Suggestions for procedure with regard to school attendance under the Education (Scotland) Act, 1936, sections 1 to 3 and 5, 1936
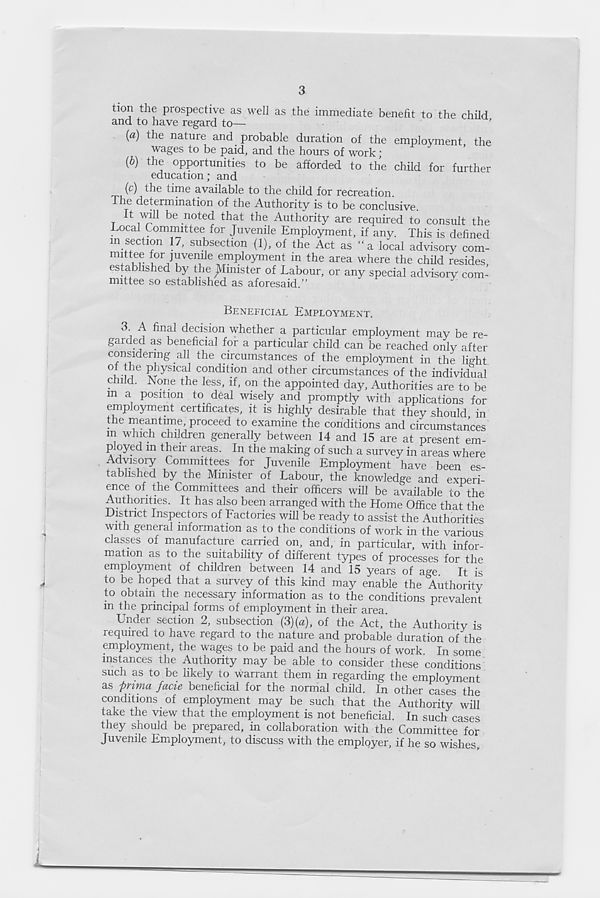
ti°n the prospective as well as the immediate benefit to the child
and to have regard to—
(a) the nature and probable duration of the employment the
wages to be paid, and the hours of work *
the opportunities to be afforded to the child for further
education; and
, ,
fiine available to the child for recreation.
The determination of the Authority is to be conclusive.
It will be noted that the Authority are required to consult the
Local Committee for Juvenile Employment, if any. This is defined
m section 17, subsection (1), of the Act as “a local advisory com-
mittee for juvenile employment in the area where the child resides,
established by the Minister of Labour, or any special advisory com-
mittee so established as aforesaid.”
^
(*)
BENEFICIAL EMPLOYMENT.
3 A final decision whether a particular employment may be re-
garded as beneficial for a particular child can be reached only after
considering all the circumstances of the employment in the light
°r .A 16 P^y sical condition and other circumstances of the individual
child. None the less, if, on the appointed day, Authorities are to be
m a position to deal wisely and promptly with applications for
employment certificates, it is highly desirable that they should in
• G
a
i
n * ime > proceed to examine the conditions and circumstances
m which children generally between 14 and 15 are at present em-
ployed m their areas. In the making of such a survey in areas where
Advisory Committees for Juvenile Employment have been es-
tablished by the Minister of Labour, the knowledge and experi-
ence of the Committees and their officers will be available to the
Authorities. It has also been arranged with the Home Office that the
District Inspectors of Factories will be ready to assist the Authorities
with general information as to the conditions of work in the various
classes of manufacture carried on, and, in particular, with infor-
mation as to the suitability of different types of processes for the
employment of children between 14 and 15 years of age
It is
to be hoped that a survey of this kind may enable the Authority
to obtain the necessary information as to the conditions prevalent
in the principal forms of employment in their area.
Under section 2, subsection (3)(a), of the Act, the Authority is
required to have regard to the nature and probable duration of the
employment, the wages to be paid and the hours of work. In some
instances the Authority may be able to consider these conditions 7
such as to be likely to warrant them in regarding the employment
as pnma facie beneficial for the normal child. In other cases the
conditions of employment may be such that the Authority will
take the view that the employment is not beneficial. In such cases
they should be prepared, in collaboration with the Committee for
Juvenile Employment, to discuss with the employer, if he so wishes